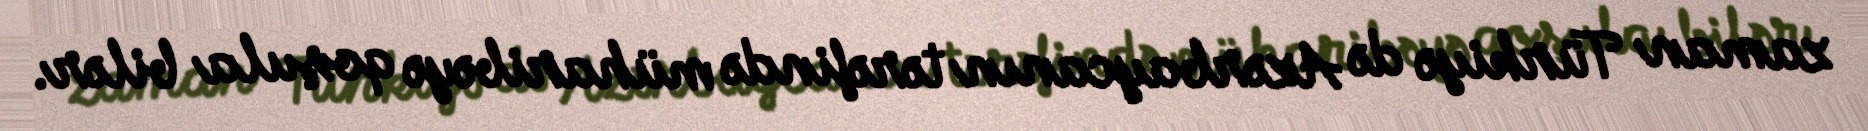
zaman Türkiyə də Azərbaycanın tərəfində müharibəyə qoşula bilər.